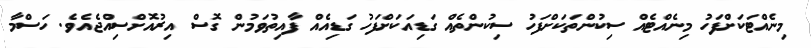
މިނެއްޓަކަށްފަހު މިނެއްޓެއް ސިކުންތަކަށްފަހު ސިކުންތެއް ގަޑިއަކަށްފަހު ގަޑިއެއް ފާއިތުވަމުން ގޮސް އިރުއޮށްސިއްޖެއެވެ. ހަސްމާ